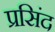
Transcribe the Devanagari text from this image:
प्रसिंद